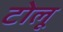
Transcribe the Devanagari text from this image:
टोलू